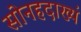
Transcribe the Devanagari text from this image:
सोनहदाख्यं